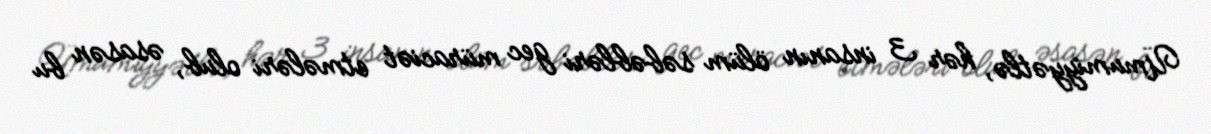
Ümumiyyətlə, hər 3 insanın ölüm səbəbləri gec müraciət etmələri olub, əsasən bu